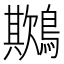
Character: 𪅾